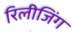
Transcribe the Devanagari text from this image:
रिलीजिंग